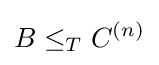
B\leq _{T}C^{(n)}